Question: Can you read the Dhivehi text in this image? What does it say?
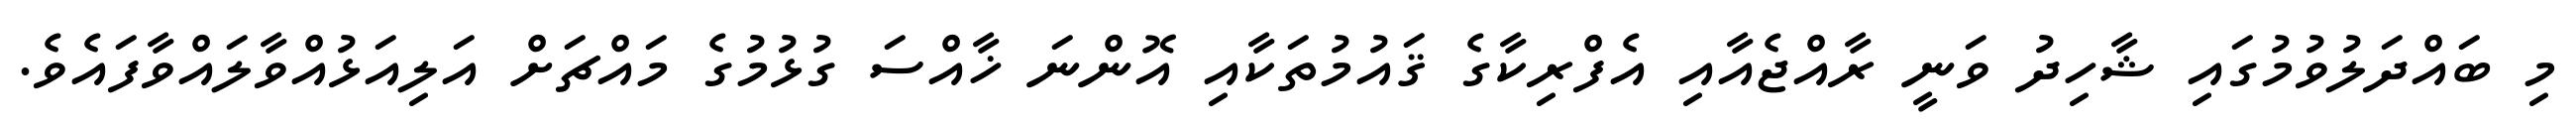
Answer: މި ބައްދަލުވުމުގައި ޝާހިދު ވަނީ ރާއްޖެއާއި އެފްރިކާގެ ޤައުމުތަކާއި އޮންނަ ޚާއްސަ ގުޅުމުގެ މައްޗަށް އަލިއަޅުއްވާލައްވާފައެވެ.